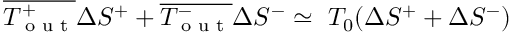
\overline { { T _ { \textrm { o u t } } ^ { + } } } \Delta S ^ { + } + \overline { { T _ { \textrm { o u t } } ^ { - } } } \Delta S ^ { - } \simeq ~ T _ { 0 } ( \Delta S ^ { + } + \Delta S ^ { - } )